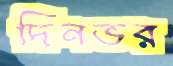
দিনভর